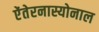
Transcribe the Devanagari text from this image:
ऐंतेरनास्योनाल